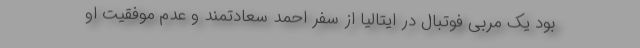
بود یک مربی فوتبال در ایتالیا از سفر احمد سعادتمند و عدم موفقیت او